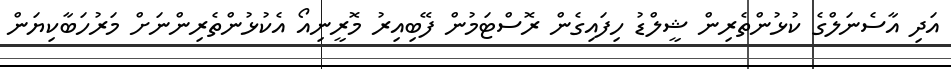
އަދި އާސެނަލްގެ ކުޅުންތެރިން ޝީލްޑު ހިފައިގެން ރޮސްޓަމުން ފޭބިއިރު މޮރީނިއޯ އެކުޅުންތެރިންނަށް މަރުހަބާކިޔަން